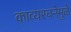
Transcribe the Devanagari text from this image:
काव्यरचनेमुळे